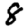
Digit: 8